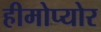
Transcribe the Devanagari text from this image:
हीमोप्योर